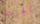
بالحرب